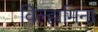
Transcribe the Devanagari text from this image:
विल्हामिना